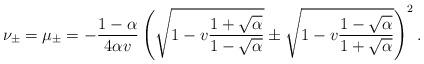
LaTeX: \begin{align*}\nu_\pm=\mu_\pm=-\frac{1-\alpha}{4\alpha v}\left(\sqrt{1-v\frac{1+\sqrt{\alpha}}{1-\sqrt{\alpha}}}\pm\sqrt{1-v\frac{1-\sqrt{\alpha}}{1+\sqrt{\alpha}}}\right)^2.\end{align*}